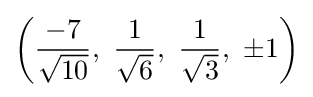
\left({\frac {-7}{\sqrt {10}}},\ {\frac {1}{\sqrt {6}}},\ {\frac {1}{\sqrt {3}}},\ \pm 1\right)